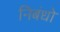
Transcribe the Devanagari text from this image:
निबंधो